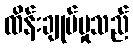
ထိန်းချုပ်မှုသည်